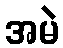
အမဲ